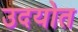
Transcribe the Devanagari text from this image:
उदयोत